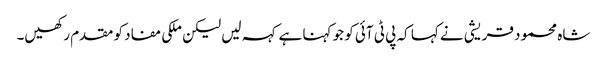
شاہ محمود قریشی نے کہا کہ پی ٹی آئی کو جو کہنا ہے کہہ لیں لیکن ملکی مفاد کو مقدم رکھیں۔